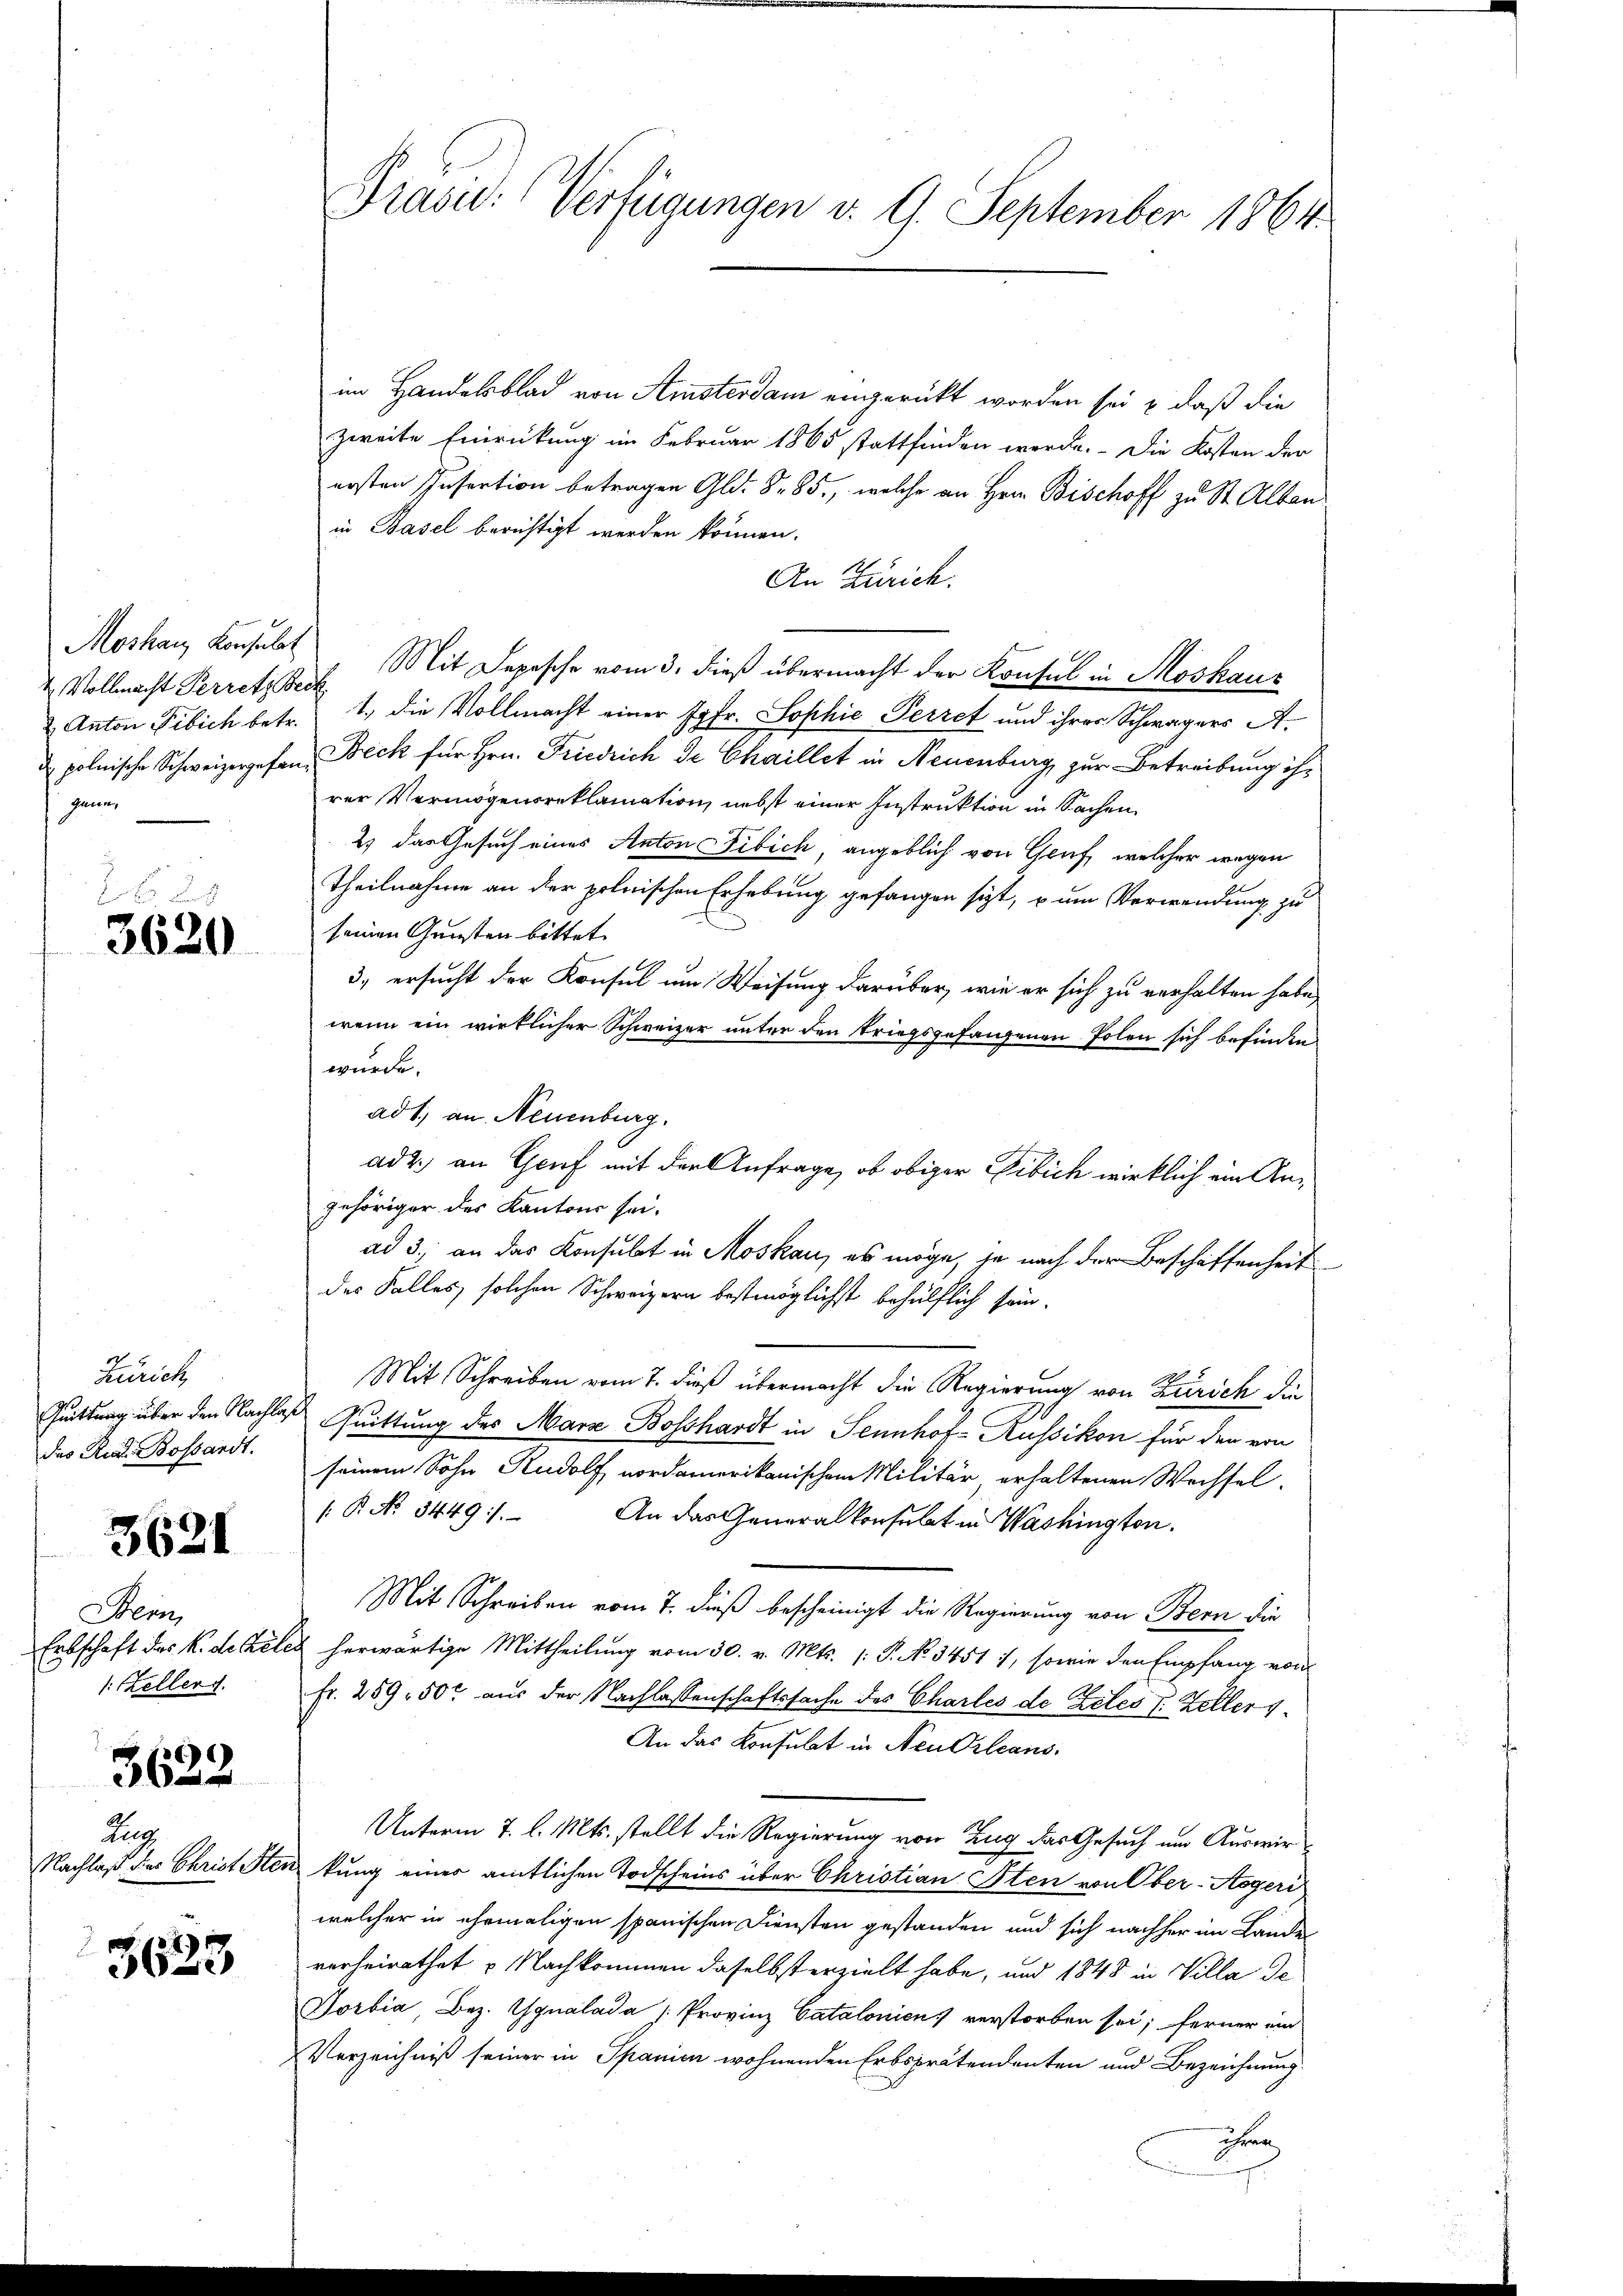
Moskau, Konsulat
4. Vollmacht Perretz Beck
gann,

3620

Zürich
Quittung über den Nachlag
das Rud. Bossandt.

3621

Wem
Ertschaft des K. de Bele
1: Keller.

3622

Zug
Nachlaß dies Christ Ster

u
3633

Präsid.: Verfügungen v. 9. September 1864

im Handelsblad von Amsterdam einzurückt worden sei & daß die
zweite Einrückung im Februar 1865 stattfinden werde. Die Kosten der
ersten Insertion betragen Gld. S. 85, welche an Hrn. Bischoff zu St. Alban
in Basel berichtigt werden können.
An Zürich.
Mit Depesche vom 3. dieß übermacht der Konsul in Moskau
2. Anton Tibich betr. 1. die Vollmacht einer Jgfr. Sophie Perret und ihrer Schwagers A.
d polnische Schweizergefan Beck für Hrn. Friedrich de Chaillet in Neuenburg zur Betreibung ihr
rer Vermögensreklamation nebst einer Instruktion in Sachen
2) das Gesuch eines Anton Fibich, angeblich von Gruf, welcher wegen
theilnahme an der polnischen Erhebung gefangen sizt, zum Verwendung zu
seinen Gunsten bittet.
3., ersucht der Konsul um Weisung darüber, wie er sich zu verhalten habe,
wenn ein wirklicher Schweizer unter den triegsgefangenen Polen sich befinden
wurde.
ad 1., an Neuenburg.
ad 2. an Gruf mit den Anfrage, ob obiger Bibich wirklich ein Angehöriger des Kantons sei.
ad 3., an das Konsulat in Moskau, es möge, je nach der Beschaffenheit
des Falles, solchen Schweizern bestmöglichst behülflich sein.
Mit Schreiben vom 7. dieß übermacht die Regierung von Zürich die
u Quittung des Mara Bosshardt in Sennhof-Russikon für den von
seinem Sohn Rudolf nordamerikanischen Militär, erhaltenen Wechsel-
/ B. No. 5449 :/.
An das Generalkonsulat in Washington.
Mit Schreiben vom 7. dieß bescheinigt die Regierung von Bern die
es herwärtige Mittheilung vom 30. v. Mts. (: P. No 3451), sowie den Empfang von
Fr. 259, 50f aus der Nachlassenschaftssache des Charles de Beles I. Zeller 1.
An das Konsulat in Neu Orleans
Unterm 7. l. Mts. stellt die Regierung von Zug das Gesuch um Auswir
nkung einer amtlichen Todscheins über Christian Sten von Ober-Aegeri
welcher in ehemaligen spanischen Diensten gestanden und sich nachher im Lande
verheirathet u. Nachkommen daselbst erzielt habe, und 1848 in Villa de
Dorbia Bez. Gynalada /: Provinz Catalonien verstorben sei; ferner ein
Verzeichniß seiner in Spanien wohnenden Erbsprätendenten und Bezeichnung
e